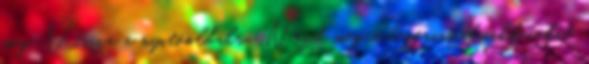
meg. Vissza a nyitóoldalra Nézd meg a legfrissebb cikkeinket